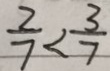
\frac { 2 } { 7 } < \frac { 3 } { 7 }